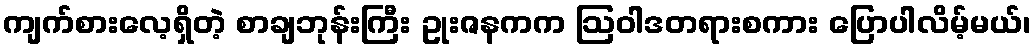
ကျက်စားလေ့ရှိတဲ့ စာချဘုန်းကြီး ဥုးဇနကက ဩဝါဒတရားစကား ပြောပါလိမ့်မယ်၊